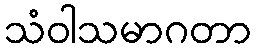
သံဝါသမာဂတာ